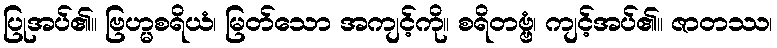
ပြုအပ်၏။ ဗြဟ္မစရိယံ၊ မြတ်သော အကျင့်ကို။ စရိတဗ္ဗံ၊ ကျင့်အပ်၏။ ဇာတဿ၊